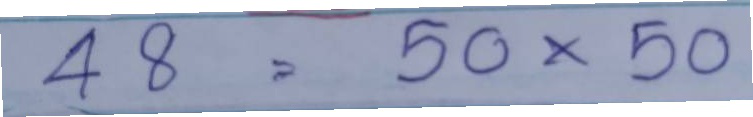
48 = 50 x 50